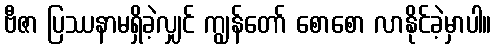
ဗီဇာ ပြဿနာမရှိခဲ့လျှင် ကျွန်တော် စောစော လာနိုင်ခဲ့မှာပါ။